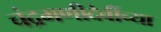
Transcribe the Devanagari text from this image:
चंद्रमणीदेवींच्या